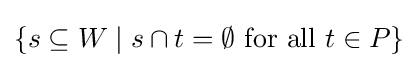
\{s\subseteq W\mid s\cap t=\emptyset {\text{ for all }}t\in P\}